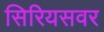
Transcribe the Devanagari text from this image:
सिरियसवर